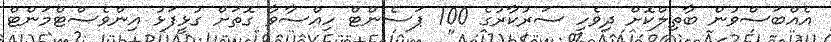
އެއްބަސްވުން ބާތިލްކޮށް ދިވެހި ސަރުކާރުގެ 100 ޕަސެންޓް ހިއްސާވާ ގޮތަށް ގުޅީފަޅު އިންވެސްޓްމަންޓް